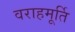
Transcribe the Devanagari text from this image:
वराहमूर्ति